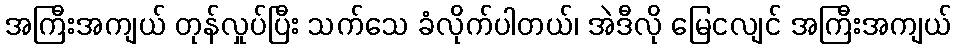
အကြီးအကျယ် တုန်လှုပ်ပြီး သက်သေ ခံလိုက်ပါတယ်၊ အဲဒီလို မြေငလျင် အကြီးအကျယ်